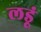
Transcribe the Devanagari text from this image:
लडूं